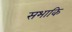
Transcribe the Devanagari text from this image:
सभाकि